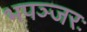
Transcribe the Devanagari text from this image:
भपञ्जरः